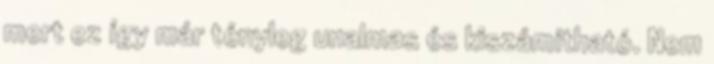
mert ez így már tényleg unalmas és kiszámítható. Nem